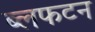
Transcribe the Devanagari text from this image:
ब्लफटन